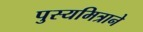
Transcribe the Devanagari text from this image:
पुस्यमित्राने